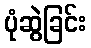
ပုံဆွဲခြင်း